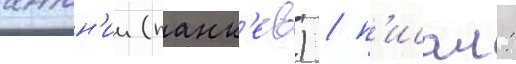
антон'ии (панк'еев) / п'исал: